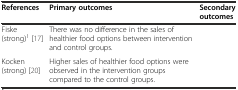
<table><thead><tr><td><b>References</b></td><td><b>Primary outcomes</b></td><td><b>Secondary outcomes</b></td></tr></thead><tbody><tr><td>Fiske (strong)<sup>1</sup>[17]</td><td>There was no difference in the sales of healthier food options between intervention and control groups.</td><td></td></tr><tr><td>Kocken (strong) [20]</td><td>Higher sales of healthier food options were observed in the intervention groups compared to the control groups.</td><td></td></tr></tbody></table>